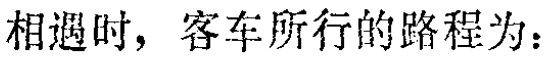
相遇时，客车所行的路程为：